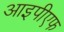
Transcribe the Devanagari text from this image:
आइपीएफ